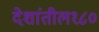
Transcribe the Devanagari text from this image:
देशांतील१८०